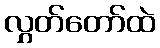
လွှတ်တော်ထဲ